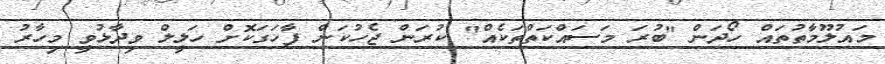
މައުލޫމާތުތައް ހޯދަން "ބުރަ މަސައްކަތްތަކެއް" ކުރަން ޖެހުކަން ފާހަގަކޮށް ހަލީލް ވިދާޅުވީ މިހާރު